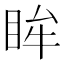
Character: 眸